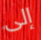
إلى